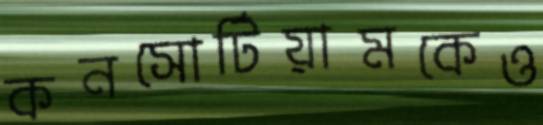
কনসোর্টিয়ামকেও